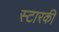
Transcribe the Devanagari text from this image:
स्टारकी